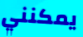
يمكنني